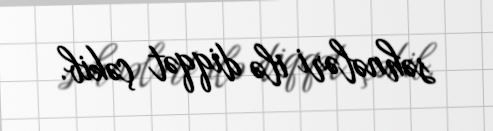
səhnələri ilə diqqət çəkib.